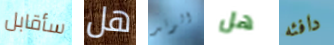
سأقابل هل الوتد هل دافئه